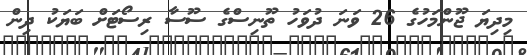
މިދިޔަ ޖޫންމަހުގެ 26 ވަނަ ދުވަހު ތޫނިސްގެ ސޫސާ ރިސޯޓަށް ބަޔަކު ދިން